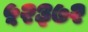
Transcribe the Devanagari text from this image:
५२३७२